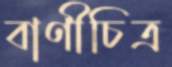
বাণীচিত্র